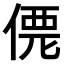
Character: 𠌐